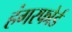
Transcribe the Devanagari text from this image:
हंगरफोर्ड